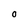
Character: O